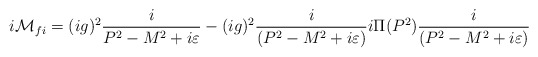
\begin{align*}i{\cal M}_{fi}=(ig)^2{i \over {P^2-M^2+i\varepsilon }}-(ig)^2{i \over{(P^2-M^2+i\varepsilon )}}i\Pi (P^2){i \over {(P^2-M^2+i\varepsilon)}}\end{align*}